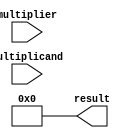
module booth_multiplier (
    input [31:0] multiplicand,
    input [31:0] multiplier,
    output reg [63:0] result
);

reg [31:0] a, s;
reg [1:0] count;
reg sign;

always @ (multiplicand or multiplier) begin
    a <= multiplicand;
    s <= multiplier;
    count <= 0;
    result <= 64'h0;
    sign <= 0;
end

always @ (*) begin
    if (s[31:30] == 2'b10) begin
        s <= {s[31], s[31:1]};
        sign <= ~sign;
    end else if (s[31:30] == 2'b01) begin
        s <= {s[31], s[31:1]};
        sign <= sign;
    end

    if (count < 32) begin
        if (s[0] & ~a[0]) begin
            result <= result + (a << count);
        end else if (~s[0] & a[0]) begin
            result <= result - (a << count);
        end
        a <= a << 1;
        count <= count + 1;
    end
end

endmodule